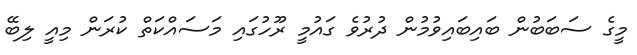
މީގެ ސަބަބުން ބައިބައިވުމުން ދުރުވެ ގައުމީ ރޫހުގައި މަސައްކަތް ކުރަން މިއީ ލިބޭ